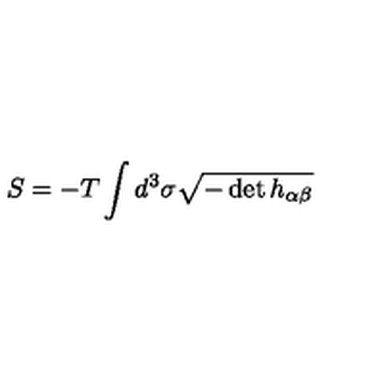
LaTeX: S = - T \int d ^ { 3 } \sigma \sqrt { - \det h _ { \alpha \beta } }